Annual report on the health of the army in India
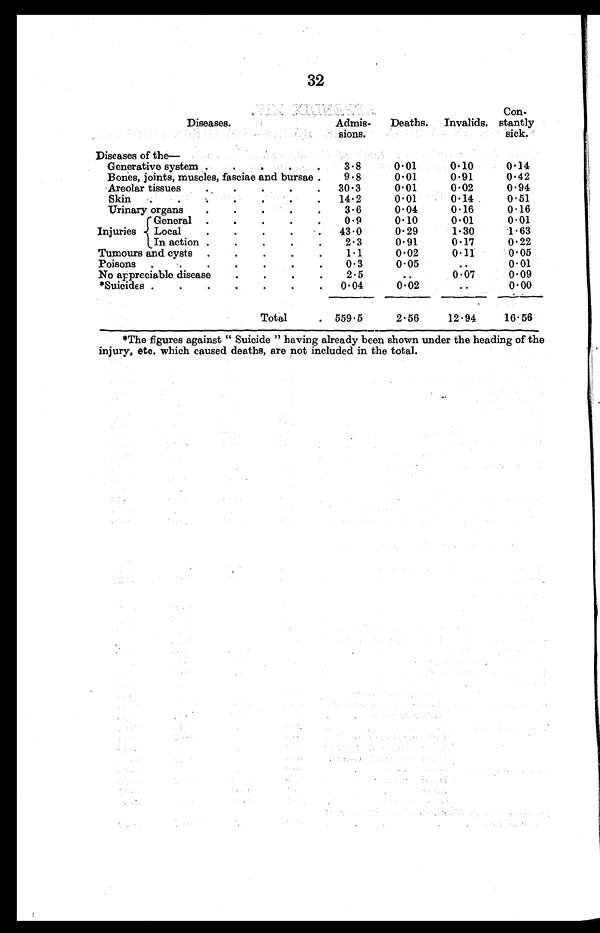
32
Diseases.
Admis-
sions.
Deaths.
Invalids.
Con-
stantly
sick.
Diseases of the
—
Generative system .
.
.
.
.
3.8
0.01
0.10
0.14
Bones, joints, muscles, fasciae and bursae .
9.8
0.01
0.91
0.42
Areolar tissues
.
.
.
.
.
30.3
0.01
0.02
0.94
Skin
.
.
.
.
.
14.2
0.01
0.14
0.51
Urinary organs
.
.
.
.
.
3.6
0.04
0.16
0.16
Injuries
General .
.
.
.
.
0.9
0.10
0.01
0.01
Local
.
.
43.0
0.29
1.30
1.63
In action .
.
.
.
.
2.3
0.91
0.17
0.22
Tumours and cysts .
.
.
.
.
1.1
0.02
0.11
0.05
Poisons
.
.
.
.
.
0.3
0.05
..
0.01
No appreciable disease
.
.
.
.
2.5
..
0.07
0.09
*Suicides .
.
.
.
.
.
.
0.04
0.02
..
0.00
Total
. 559.5
2.56
12.94
16.56
*The figures against " Suicide " having already been shown under the heading of the
injury, etc. which caused deaths, are not included in the total.